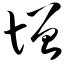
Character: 增